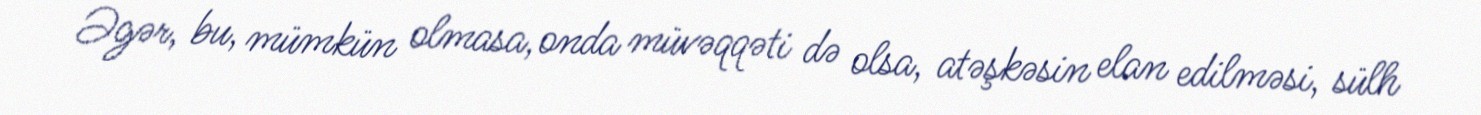
Əgər, bu, mümkün olmasa, onda müvəqqəti də olsa, atəşkəsin elan edilməsi, sülh